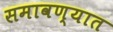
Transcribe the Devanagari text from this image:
समावण्यात